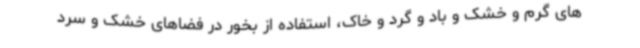
های گرم و خشک و باد و گرد و خاک، استفاده از بخور در فضاهای خشک و سرد